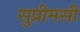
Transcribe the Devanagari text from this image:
सुप्रीमसी